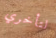
لتأخري